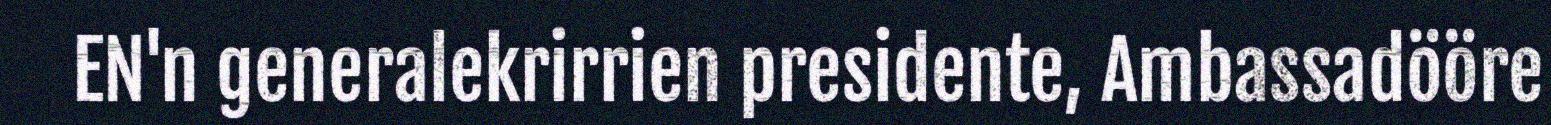
EN'n generalekrirrien presidente, Ambassadööre